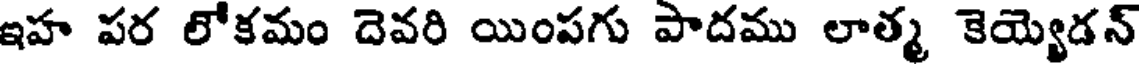
ఇహ పర లోకమం దెవరి యింపగు పాదము లాత్మ కెయ్యెడన్